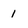
Character: 1